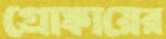
গ্রোঙ্কায়ের